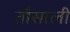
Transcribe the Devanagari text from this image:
तौसाली